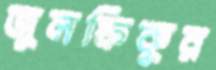
জুলফিকুর